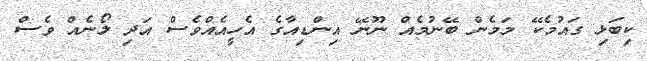
ކިބަޅި ގައުމެކޭ މަމެން ބޭނުމެއް ނޫނޭ އިންޑިއާގެ އެހީއެއްވެސް އަދި ލޯނެއް ވެސް